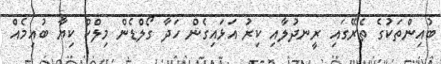
ބުއިންތަކުގެ ތެރޭގައި ރީނދުލާއި ކިރު އަޅައިގެން ހަދާ ގޯލްޑެން މިލްކް ކިޔާ ބުއިމެއް